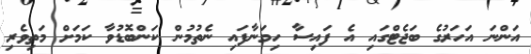
އަންނަ އަހަރުގެ ބަޖެޓްގައި އެ ފައިސާ ހިމަނާފައި ނެތުމުން ކަންބޮޑުވާ ކަމަށް މަތިވެރި